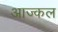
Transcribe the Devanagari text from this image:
आज्कल